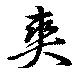
爽